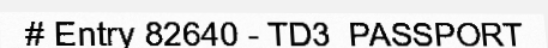
# Entry 82640 - TD3_PASSPORT